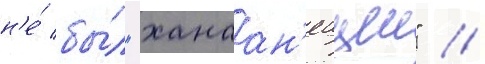
н'е́ бы́л "ханаан'еицем" //